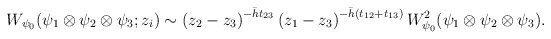
\begin{align*}W_{\psi_{0}}(\psi_{1}\otimes\psi_{2}\otimes\psi_{3}; z_{i})\sim \left(z_{2}-z_{3}\right)^{-\bar{h} t_{23}}\left(z_{1}-z_{3}\right)^{-\bar{h}(t_{12}+t_{13})}W_{\psi_{0}}^{2}(\psi_{1}\otimes\psi_{2}\otimes\psi_{3}).\end{align*}